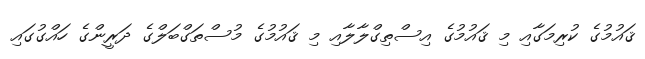
ޤައުމުގެ ކުރިމަގާއި މި ޤައުމުގެ އިސްތިގްލާލާއި މި ޤައުމުގެ މުސްތަގްބަލްގެ ދަރީންގެ ހައްގުގައި